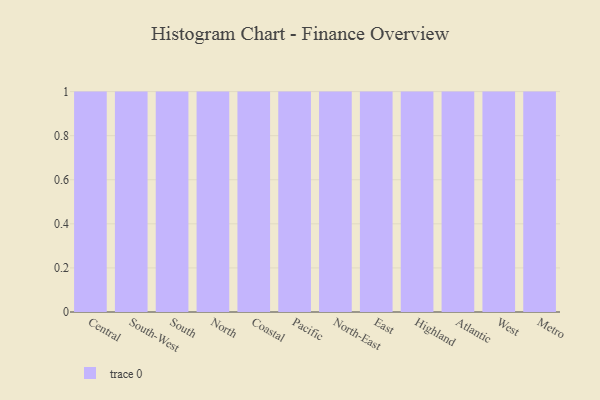
{"axis": {"x": "Region", "y": "Tickets Resolved"}, "legend": [""], "data": [{"x": "Central", "y": 26, "type": ""}, {"x": "South-West", "y": 77, "type": ""}, {"x": "South", "y": 61, "type": ""}, {"x": "North", "y": 9, "type": ""}, {"x": "Coastal", "y": 80, "type": ""}, {"x": "Pacific", "y": 41, "type": ""}, {"x": "North-East", "y": 60, "type": ""}, {"x": "East", "y": 64, "type": ""}, {"x": "Highland", "y": 48, "type": ""}, {"x": "Atlantic", "y": 94, "type": ""}, {"x": "West", "y": 6, "type": ""}, {"x": "Metro", "y": 64, "type": ""}]}